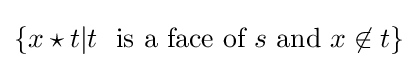
\{x\star t|t~{\text{ is a face of }}s{\text{ and }}x\not \in t\}